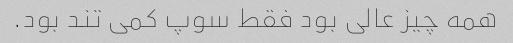
همه چیز عالی بود فقط سوپ کمی تند بود.